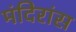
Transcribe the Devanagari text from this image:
मंदिरांस